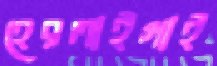
হেরলাইগাই